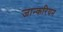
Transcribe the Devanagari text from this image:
जान्करियन